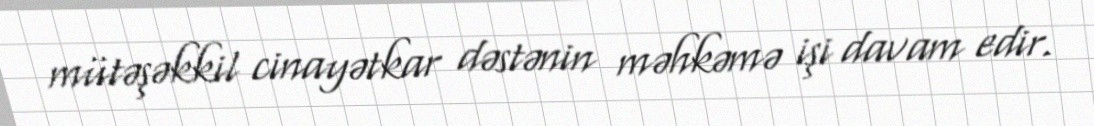
mütəşəkkil cinayətkar dəstənin məhkəmə işi davam edir.